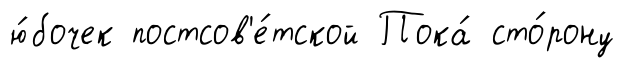
ю́бочек постсов'е́тской Пока́ сто́рону